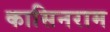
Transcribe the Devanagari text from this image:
कासिनराम